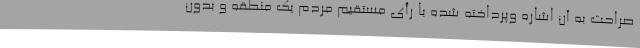
صراحت به آن اشاره وپرداخته شده با رأی مستقیم مردم یک منطقه و بدون